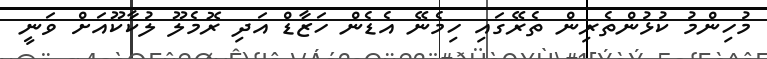
މުހިންމު ކުޅުންތެރިން ތެރޭގައި ހިމެނޭ އެޑެން ހަޒާޑް އަދި ރޮމެލޫ ލުކާކޫއަށް ވަނީ